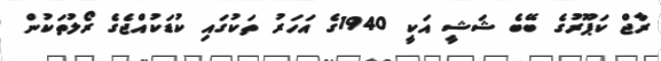
ރާޖް ކަޕޫރުގެ ބޭބެ ޝަޝީ އަކީ 1940ގެ އަހަރު ތަކުގައި ކުޑަކުއްޖެގެ ރޯލުތަކުން